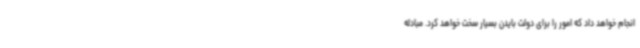
انجام خواهد داد که امور را برای دولت بایدن بسیار سخت خواهد کرد. مبادله